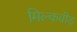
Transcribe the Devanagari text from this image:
मिल्कवीड